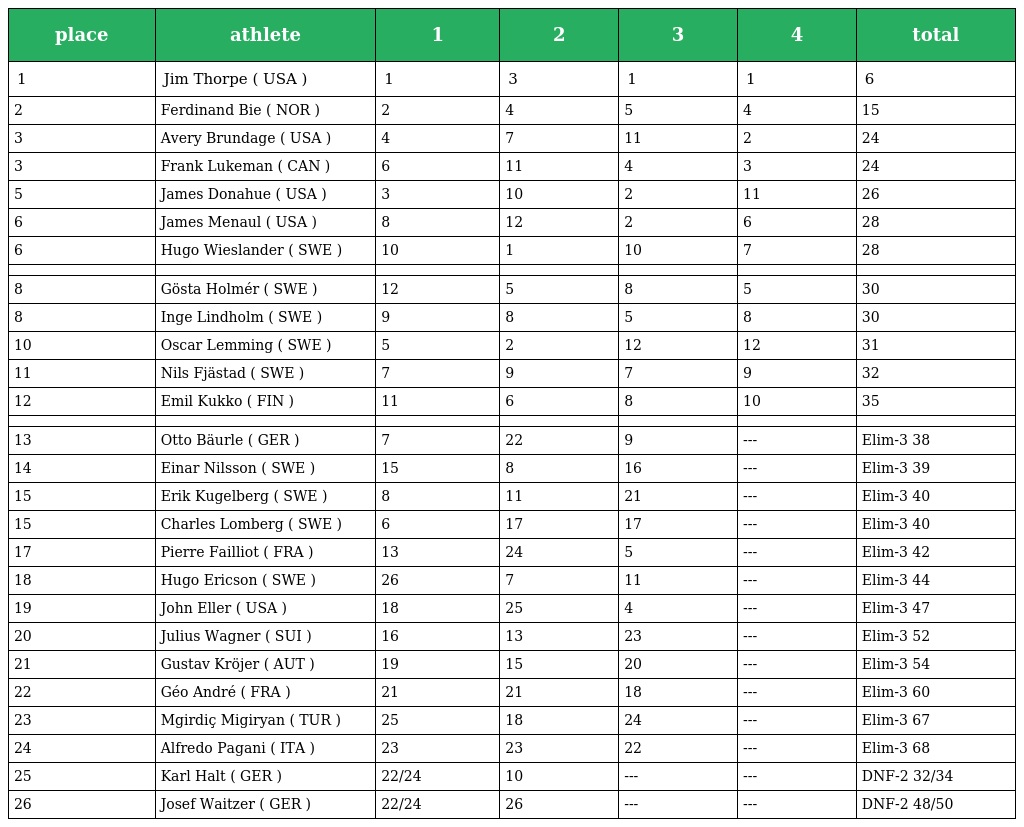
| place | athlete | 1 | 2 | 3 | 4 | total |
 | --- | --- | --- | --- | --- | --- | --- |
 | 1 | Jim Thorpe ( USA ) | 1 | 3 | 1 | 1 | 6 |
 | 2 | Ferdinand Bie ( NOR ) | 2 | 4 | 5 | 4 | 15 |
 | 3 | Avery Brundage ( USA ) | 4 | 7 | 11 | 2 | 24 |
 | 3 | Frank Lukeman ( CAN ) | 6 | 11 | 4 | 3 | 24 |
 | 5 | James Donahue ( USA ) | 3 | 10 | 2 | 11 | 26 |
 | 6 | James Menaul ( USA ) | 8 | 12 | 2 | 6 | 28 |
 | 6 | Hugo Wieslander ( SWE ) | 10 | 1 | 10 | 7 | 28 |
 |  |  |  |  |  |  |  |
 | 8 | Gösta Holmér ( SWE ) | 12 | 5 | 8 | 5 | 30 |
 | 8 | Inge Lindholm ( SWE ) | 9 | 8 | 5 | 8 | 30 |
 | 10 | Oscar Lemming ( SWE ) | 5 | 2 | 12 | 12 | 31 |
 | 11 | Nils Fjästad ( SWE ) | 7 | 9 | 7 | 9 | 32 |
 | 12 | Emil Kukko ( FIN ) | 11 | 6 | 8 | 10 | 35 |
 |  |  |  |  |  |  |  |
 | 13 | Otto Bäurle ( GER ) | 7 | 22 | 9 | --- | Elim-3 38 |
 | 14 | Einar Nilsson ( SWE ) | 15 | 8 | 16 | --- | Elim-3 39 |
 | 15 | Erik Kugelberg ( SWE ) | 8 | 11 | 21 | --- | Elim-3 40 |
 | 15 | Charles Lomberg ( SWE ) | 6 | 17 | 17 | --- | Elim-3 40 |
 | 17 | Pierre Failliot ( FRA ) | 13 | 24 | 5 | --- | Elim-3 42 |
 | 18 | Hugo Ericson ( SWE ) | 26 | 7 | 11 | --- | Elim-3 44 |
 | 19 | John Eller ( USA ) | 18 | 25 | 4 | --- | Elim-3 47 |
 | 20 | Julius Wagner ( SUI ) | 16 | 13 | 23 | --- | Elim-3 52 |
 | 21 | Gustav Kröjer ( AUT ) | 19 | 15 | 20 | --- | Elim-3 54 |
 | 22 | Géo André ( FRA ) | 21 | 21 | 18 | --- | Elim-3 60 |
 | 23 | Mgirdiç Migiryan ( TUR ) | 25 | 18 | 24 | --- | Elim-3 67 |
 | 24 | Alfredo Pagani ( ITA ) | 23 | 23 | 22 | --- | Elim-3 68 |
 | 25 | Karl Halt ( GER ) | 22/24 | 10 | --- | --- | DNF-2 32/34 |
 | 26 | Josef Waitzer ( GER ) | 22/24 | 26 | --- | --- | DNF-2 48/50 |